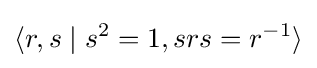
\langle r,s\mid s^{2}=1,srs=r^{-1}\rangle \,\!